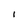
Character: l